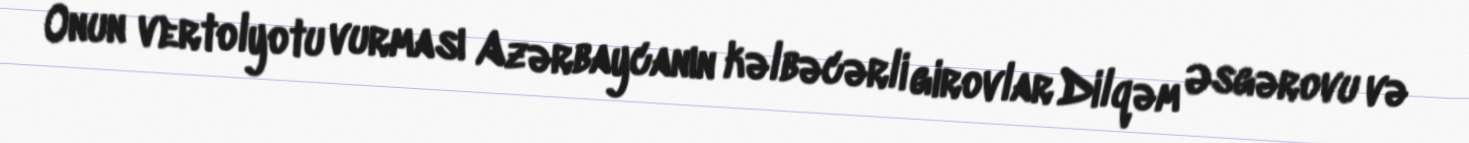
Onun vertolyotu vurması Azərbaycanın kəlbəcərli girovlar Dilqəm Əsgərovu və